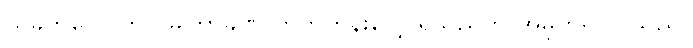
ယခုတလောတွင် မကြာခဏ တိုက်တွန်းလေ့ ရှိသည်ကို အမှတ်ရလာသည်။